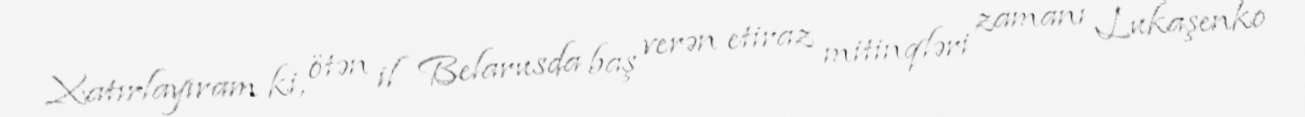
Xatırlayıram ki, ötən il Belarusda baş verən etiraz mitinqləri zamanı Lukaşenko